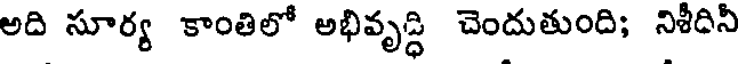
అది సూర్య కాంతిలో అభివృద్ధి చెందుతుంది; నిశీదినీ